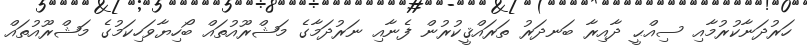
ހަރުދަނާކުރުމާއި ސިއްޙީ ދާއިރާ ބަނދަރު ތަރައްޤީކުރުން ފެނާއި ނަރުދަމާގެ މަޝްރޫއުތައް ބޯހިޔާވަހިކަމުގެ މަޝްރޫއުތައް